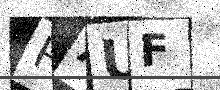
Text: RAUF